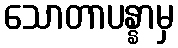
သောတာပန္နာမှ